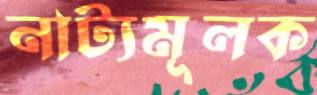
নাট্যমূলক